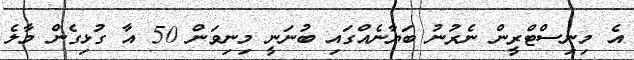
އެ މިނިސްޓްރީން ނެރުނު ބަޔާނެއްގައި ބުނަނީ މިނިވަން 50 އާ ގުޅިގެން މާލެ